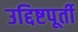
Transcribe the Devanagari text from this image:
उद्दिष्टपूर्ती